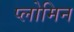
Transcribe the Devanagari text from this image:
प्लोमिन